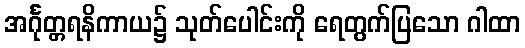
အင်္ဂုတ္တရနိကာယ၌ သုတ်ပေါင်းကို ရေတွက်ပြသော ဂါထာ